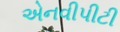
એનવીપીટી